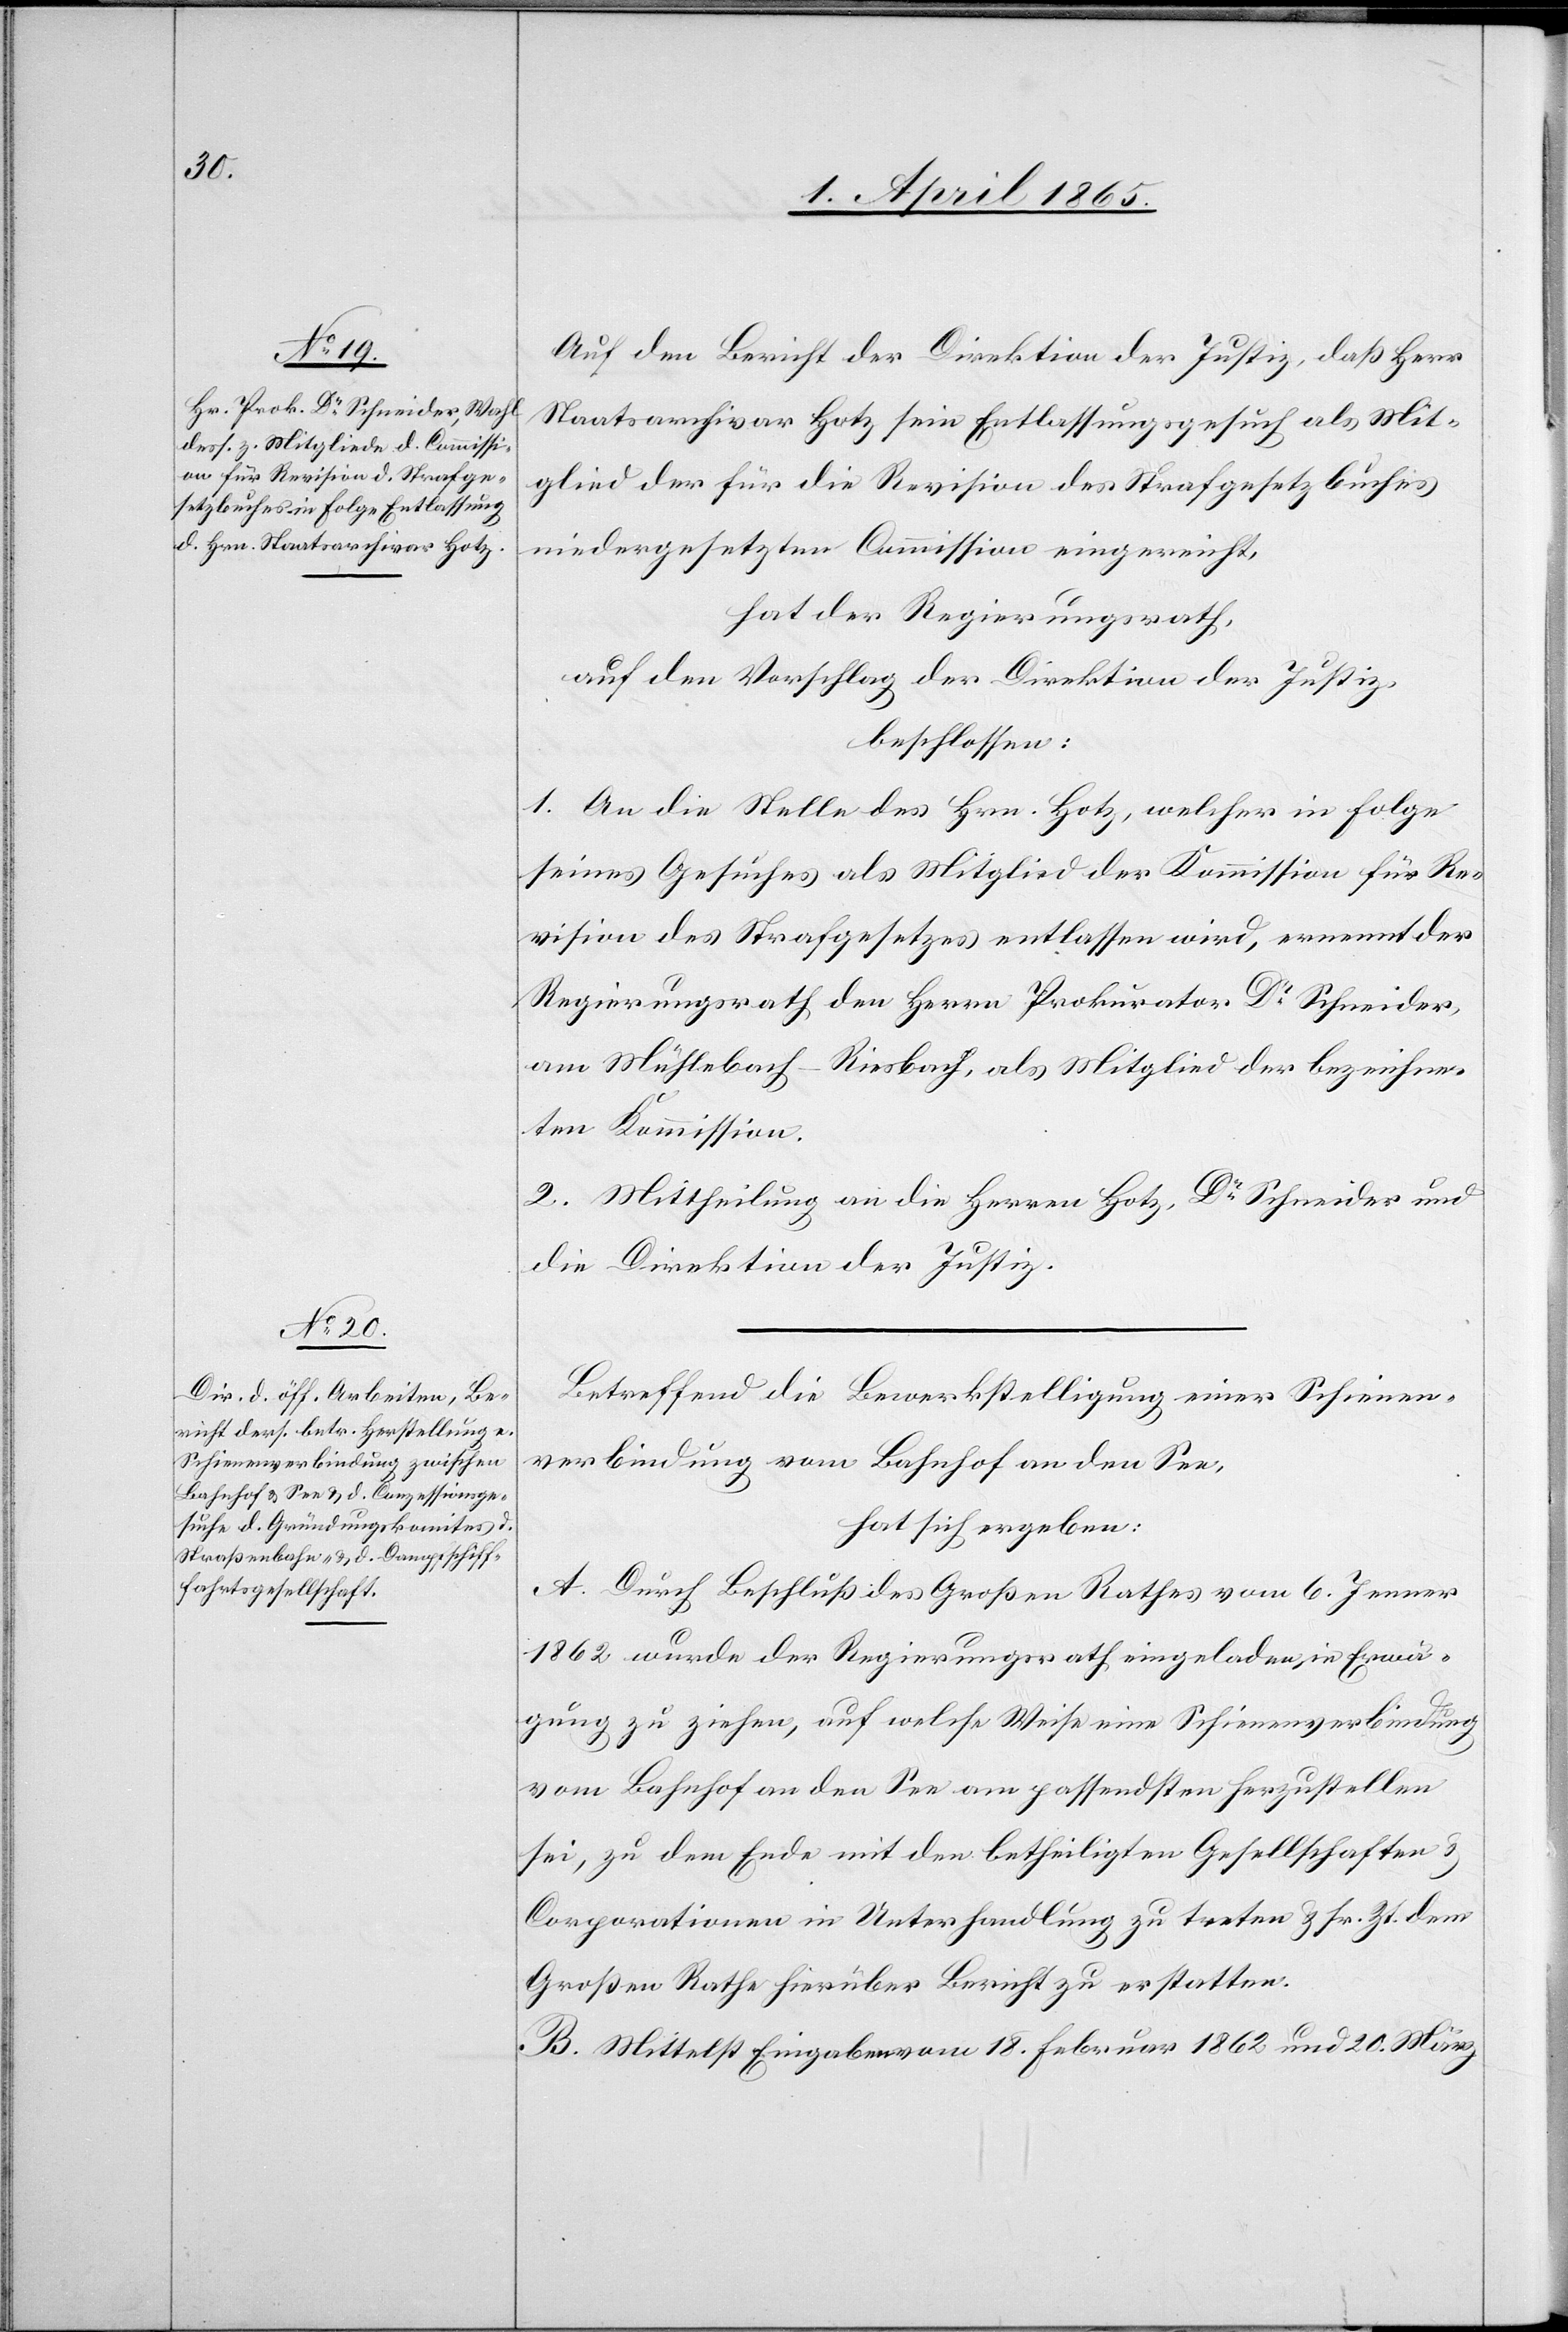
Auf den Bericht der Direktion der Justiz, daß Herr
Staatsarchivar Hotz sein Entlassungsgesuch als Mit¬
glied der für die Revision des Strafgesetzbuches
niedergesetzten Commission eingereicht,
hat der Regierungsrath,
auf den Vorschlag der Direktion der Justiz,
beschlossen:
1. An die Stelle des Hrn. Hotz, welcher in Folge
seines Gesuches als Mitglied der Kommission für Re¬
vision des Strafgesetzes entlassen wird, ernennt der
Regierungsrath den Herrn Prokurator Dr Schneider,
am Mühlebach-Riesbach, als Mitglied der bezeichne¬
ten Kommission.
2. Mittheilung an die Herren Hotz, Dr Schneider und
die Direktion der Justiz.
Betreffend die Bewerkstelligung einer Schienen¬
verbindung vom Bahnhof an den See,
hat sich ergeben:
A. Durch Beschluß des Großen Rathes vom 6. Jenner
1862 wurde der Regierungsrath eingeladen in Erwä¬
gung zu ziehen, auf welche Weise eine Schienenverbindung
vom Bahnhof an den See am passendsten herzustellen
sei, zu dem Ende mit den betheiligten Gesellschaften &
Corporationen in Unterhandlung zu treten & sr. Zt. dem
Großen Rathe hierüber Bericht zu erstatten.
B. Mittelst Eingaben vom 18. Februar 1862 und 20. März